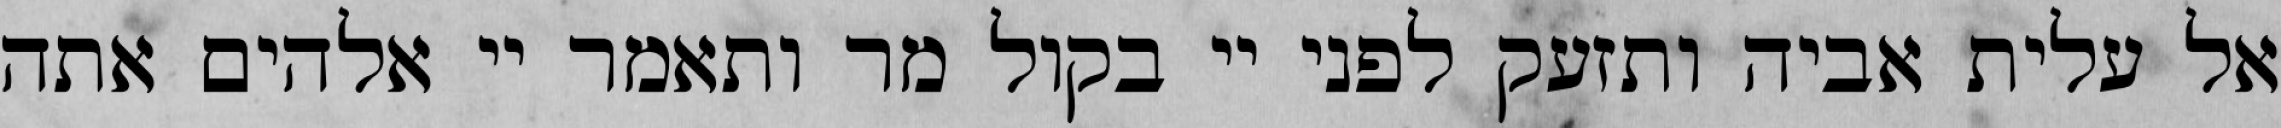
אל עלית אביה ותזעק לפני יי בקול מר ותאמר יי אלהים אתה